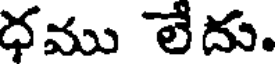
ధము లేదు.